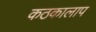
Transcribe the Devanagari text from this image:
कठकालाप